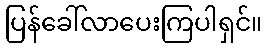
ပြန်ခေါ်လာပေးကြပါရှင်။